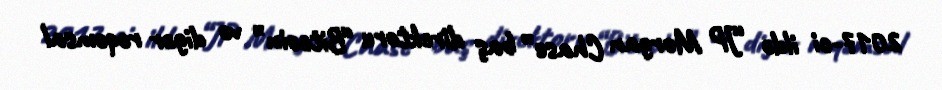
2017-ci ildə “JP Morgan Chase” baş direktoru “Bitcoin” və digər rəqəmsal